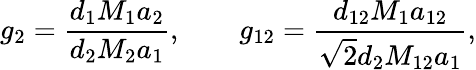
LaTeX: g_{2}=\frac{d_{1}M_{1}a_{2}}{d_{2}M_{2}a_{1}},\qquad g_{12}=\frac{d_{12}M_{1}a_{12}}{\sqrt{2}d_{2}M_{12}a_{1}},